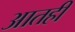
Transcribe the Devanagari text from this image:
आतही